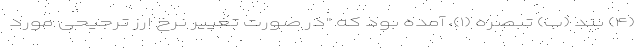
(۴) بند (ب) تبصره (۱)، آمده بود که "در صورت تغییر نرخ ارز ترجیحی مورد